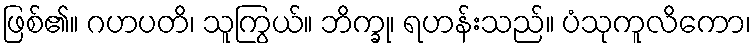
ဖြစ်၏။ ဂဟပတိ၊ သူကြွယ်။ ဘိက္ခု၊ ရဟန်းသည်။ ပံသုကူလိကော၊